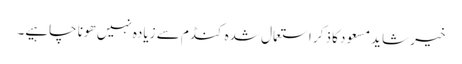
خیر شاید مسعود کا ذکر استعمال شدہ کنڈم سے زیادہ نہیں ھونا چاہیے۔